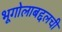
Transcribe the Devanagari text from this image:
भूगोलाबद्दलची